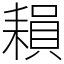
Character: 𦔐